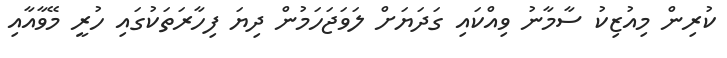
ކުރިން މިއުޒިކު ސާމާނު ވިއްކައި ގަދަޔަށް ލަވަޖަހަމުން ދިޔަ ފިހާރަތަކުގައި ހުރީ މޭވާއާއި